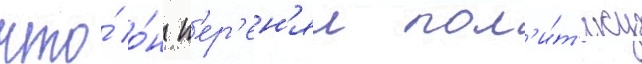
что́ о́н п'ер'ен'ял пол'и́т'ику